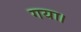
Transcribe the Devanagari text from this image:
गया।